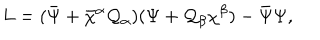
LaTeX: L = ( { \bar { \Psi } } + { \bar { \chi } } { } ^ { \alpha } { \cal Q } _ { \alpha } ) ( \Psi + { \cal Q } _ { \beta } \chi ^ { \beta } ) - { \bar { \Psi } } \Psi ,